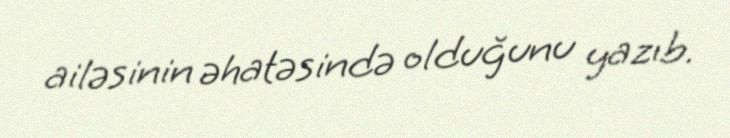
ailəsinin əhatəsində olduğunu yazıb.